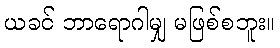
ယခင် ဘာရောဂါမျှ မဖြစ်စဘူး။